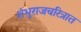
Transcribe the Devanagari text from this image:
शंभुराजचरित्रात